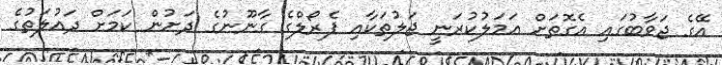
އޭގެ ޖަވާބުގައި އެގޮތަށް އަމަލުކުރަނީ ޖަލުތަކާއި ޕެރޯލްގެ ގާނޫނުގެ ދަށުން ކަމަށް ދައުލަތުގެ